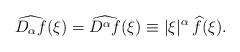
LaTeX: \begin{align*} \widehat{ D_{\alpha}f}(\xi) = \widehat{D^{\alpha} f}(\xi)\equiv |\xi|^{\alpha} \,\widehat f(\xi).\end{align*}